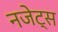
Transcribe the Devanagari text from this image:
नजेट्स